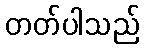
တတ်ပါသည်